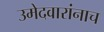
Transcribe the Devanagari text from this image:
उमेदवारांनाच